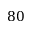
8 0